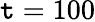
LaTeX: \mathtt{t}=100